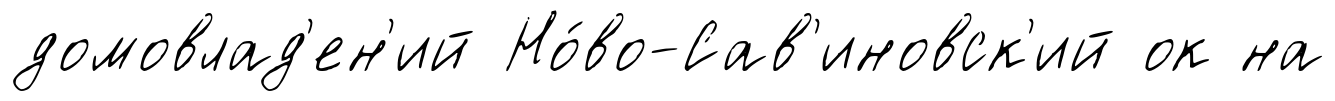
домовлад'ен'ий Но́во-Сав'иновск'ий ок на